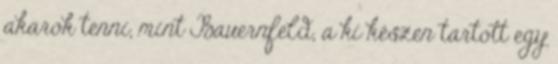
akarok tenni, mint Bauernfeld, a ki készen tartott egy